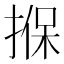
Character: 㨐